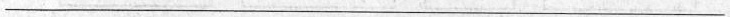
___